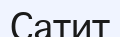
Сатит